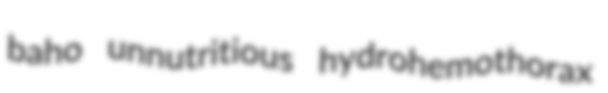
baho unnutritious hydrohemothorax